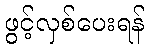
ဖွင့်လှစ်ပေးရန်